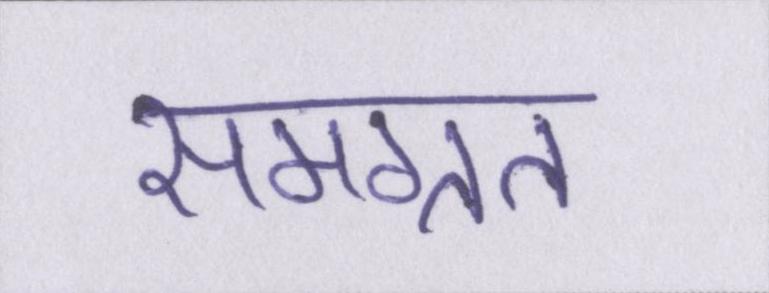
समग्रत